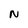
Character: N